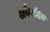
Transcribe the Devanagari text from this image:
अवैवाहित